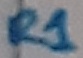
Text: R1